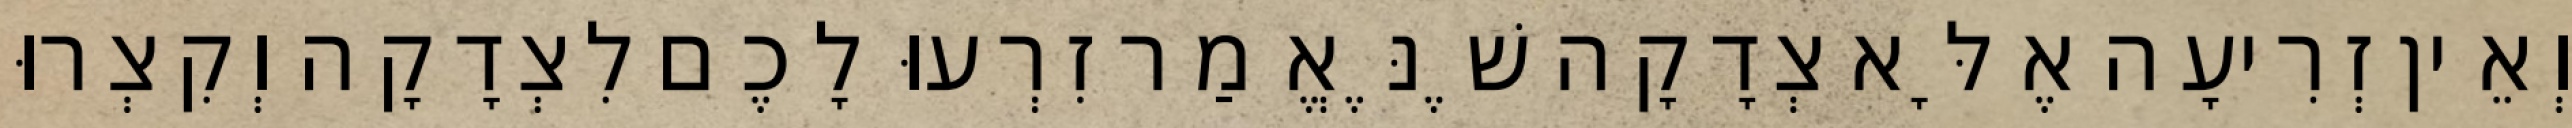
וְאֵין זְרִיעָה אֶלָּא צְדָקָה שֶׁנֶּאֱמַר זִרְעוּ לָכֶם לִצְדָקָה וְקִצְרוּ